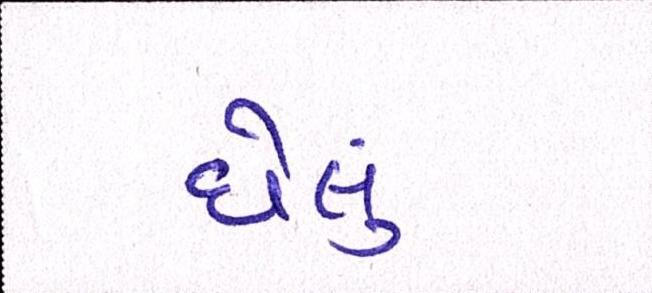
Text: ઘેલું